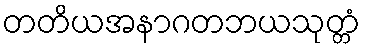
တတိယအနာဂတဘယသုတ္တံ